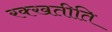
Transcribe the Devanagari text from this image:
रक्खतीति